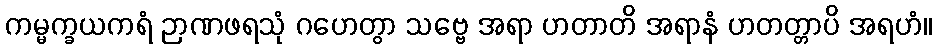
ကမ္မက္ခယကရံ ဉာဏဖရသုံ ဂဟေတွာ သဗ္ဗေ အရာ ဟတာတိ အရာနံ ဟတတ္တာပိ အရဟံ။